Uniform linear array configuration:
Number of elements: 12
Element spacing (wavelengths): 0.75
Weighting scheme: cosine
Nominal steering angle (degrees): -15
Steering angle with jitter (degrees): -15.193
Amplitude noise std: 0.05
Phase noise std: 0.05

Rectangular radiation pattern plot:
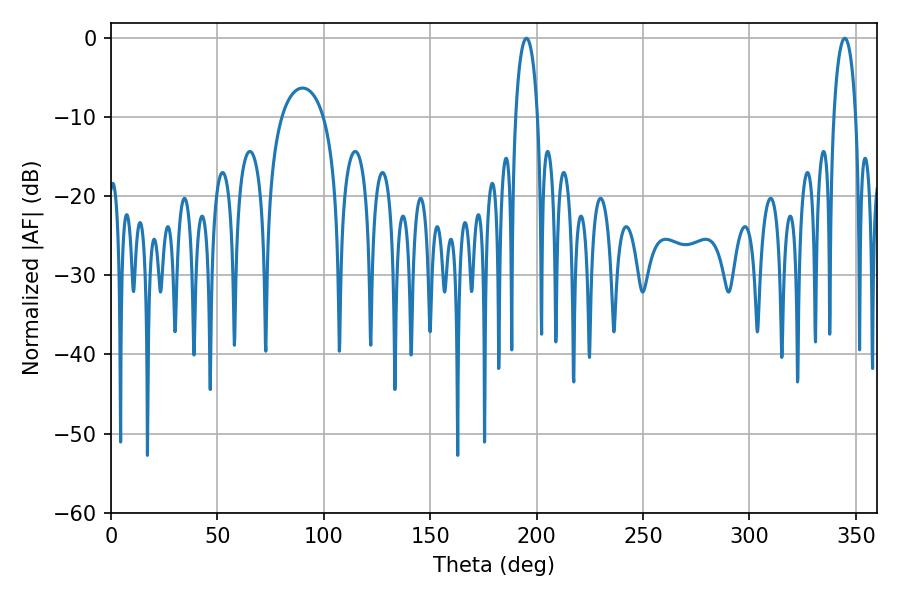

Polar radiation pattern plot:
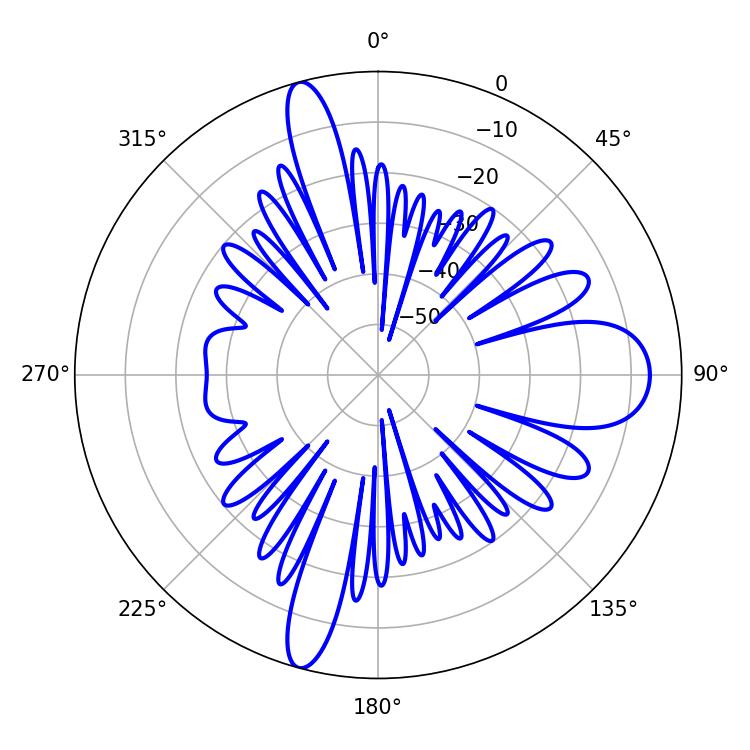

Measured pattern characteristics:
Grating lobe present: TRUE
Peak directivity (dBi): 19.864
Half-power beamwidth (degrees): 5.94
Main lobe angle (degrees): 195.12